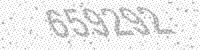
Solution: 659292